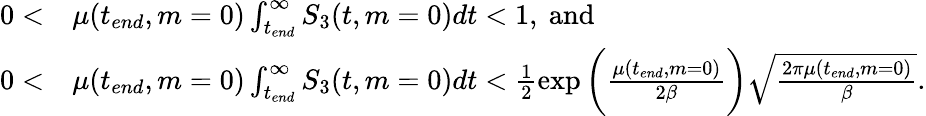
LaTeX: \begin{array}{rl}{0<}&{\mu(t_{end},m=0)\int_{t_{end}}^{\infty}S_{3}(t,m=0)dt<1,~\mathrm{and}}\\ {0<}&{\mu(t_{end},m=0)\int_{t_{end}}^{\infty}S_{3}(t,m=0)dt<\frac{1}{2}\exp{\bigg(\frac{\mu(t_{end},m=0)}{2\beta}\bigg)}\sqrt{\frac{2\pi\mu(t_{end},m=0)}{\beta}}.}\end{array}